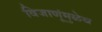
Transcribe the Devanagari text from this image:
विजाणूंमुळेच